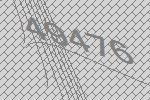
49476